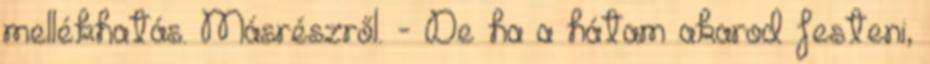
mellékhatás. Másrészről. - De ha a hátam akarod festeni,